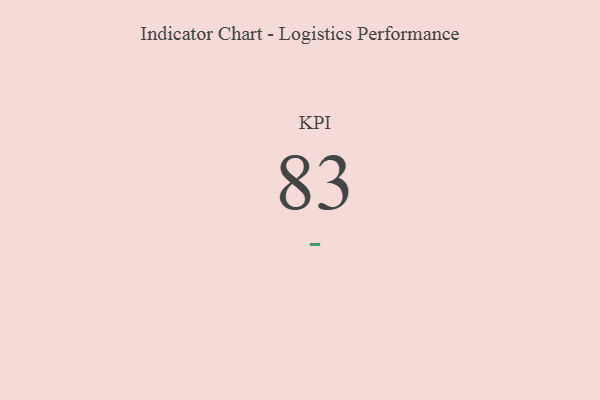
{"axis": {"x": "KPI", "y": "Value"}, "legend": [""], "data": [{"x": "KPI", "y": 83, "type": ""}]}